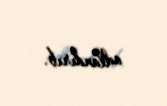
adlandırıb.